Source: Handwritten
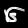
Digit: ၆ (6)